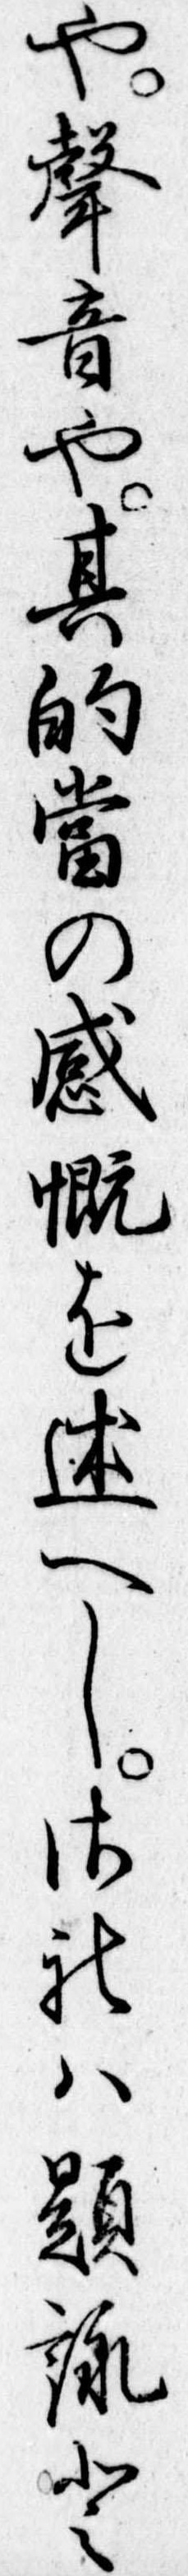
や声音や其的当の感慨を述へしされは題詠と